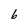
Character: 6